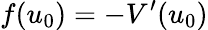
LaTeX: f(u_{0})=-V^{\prime}(u_{0})